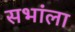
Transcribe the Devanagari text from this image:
सभांला